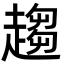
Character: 趨